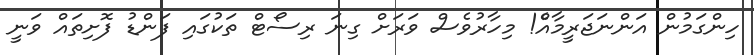
ހިންގަމުން އަންނަޖަރީމާއެްް! މިހާރުވެސް ވަރަށް ގިނަ ރިސޯޓް ތަކުގައި ފަންޑު ފޮށިތައް ވަނީ